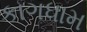
કાગધામ